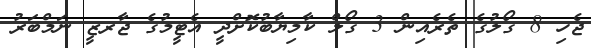
ޖެހި 8 ގޯލުގެ ތެރެއިން 3 ގޯލް ކާމިޔާބުކޮށްދީ އެޓީމުގެ ޖާރޒީ ނަމްބަރު